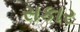
સકાર